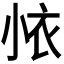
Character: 𭕊